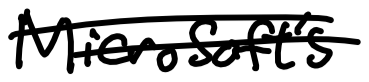
Text: Microsoft's
Cross-out: double-line
Writing tool: digital_black